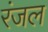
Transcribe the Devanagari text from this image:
रंजल